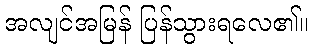
အလျင်အမြန် ပြန်သွားရလေ၏။